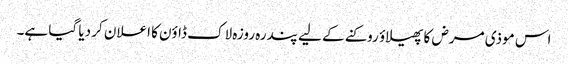
اس موذی مرض کا پھیلاؤ روکنے کے لیے پندرہ روزہ لاک ڈاؤن کا اعلان کر دیا گیا ہے۔